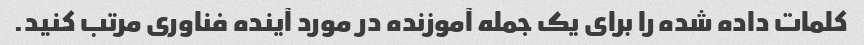
کلمات داده شده را برای یک جمله آموزنده در مورد آینده فناوری مرتب کنید.